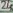
Text: 24